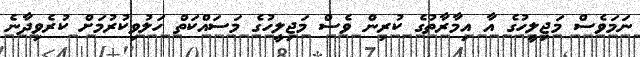
ނަމަވެސް މަޖިލީހުގެ އާ އިމާރާތުގެ ކުރިން ވެސް މަޖިލީހުގެ މަސައްކަތް ހަލުވިކުރުމަށް ކުރެވިދާނެ